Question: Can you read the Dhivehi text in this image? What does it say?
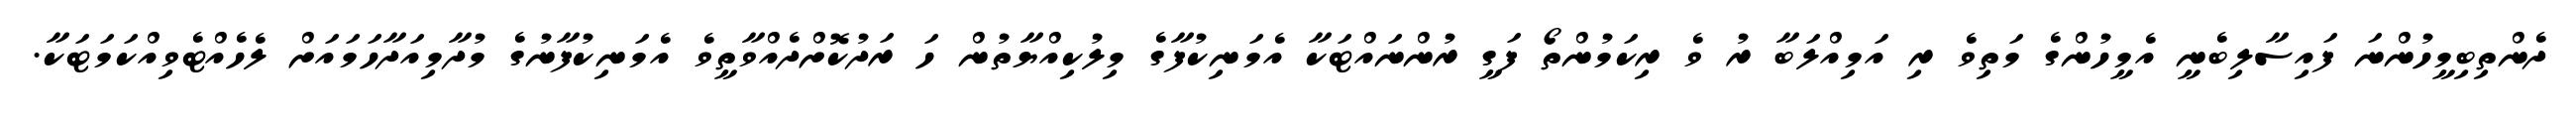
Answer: ދެންތިބިމީހުންނަ ފައިސާލިބެނީ އެމީހުންގެ މަތިވެ ރި އަމިއްލަބާ ރު ވެ ރިކަމުންތޯ ފަގީ ރުންނައްޓަކާ އެމަނިކުފާގެ މިލުކިއްޔާތުން ހަ ރަދުކޮށްދެއްވާތީވެ އެމަނިކުފާނުގެ މުދާމިއަދާހަމައަށް ލެހެއްޓެވިއްކަމަޓަކާ.